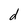
Character: d